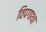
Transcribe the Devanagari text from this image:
विपगाथा